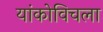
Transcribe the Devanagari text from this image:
यांकोविचला